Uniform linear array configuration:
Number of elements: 64
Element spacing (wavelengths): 0.5
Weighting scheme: binomial
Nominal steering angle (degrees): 30
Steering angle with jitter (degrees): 29.769
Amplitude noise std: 0.05
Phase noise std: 0.05

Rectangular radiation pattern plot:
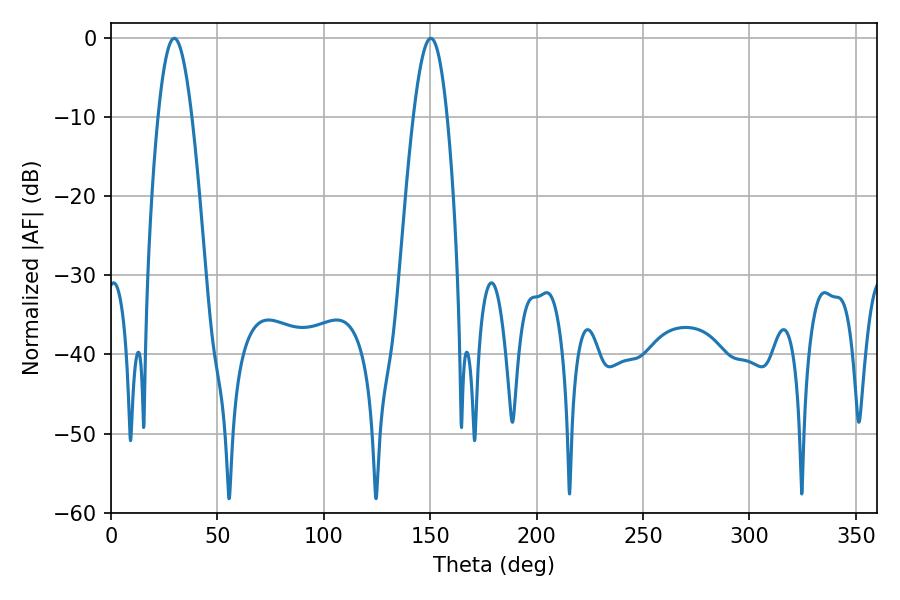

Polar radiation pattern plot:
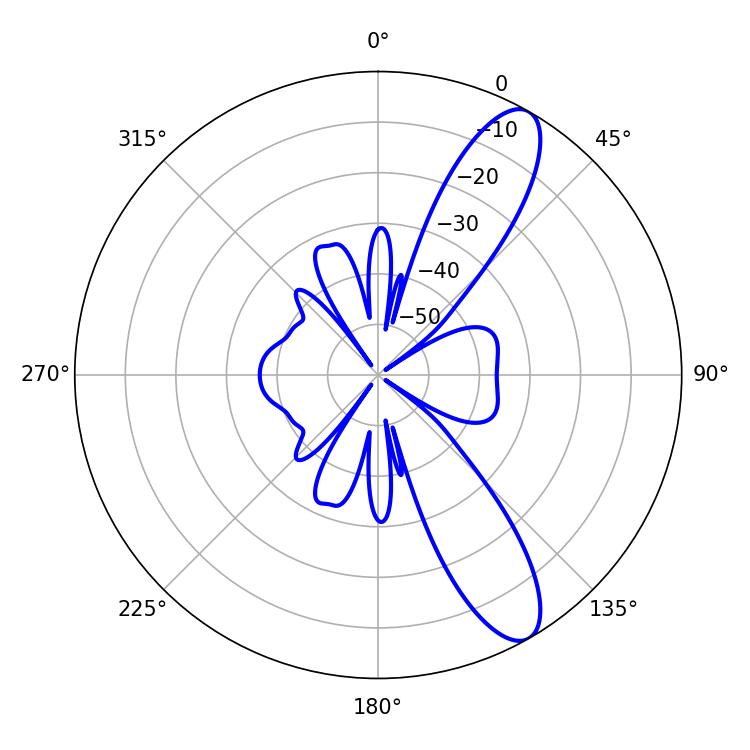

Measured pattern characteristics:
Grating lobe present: FALSE
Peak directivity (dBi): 10.914
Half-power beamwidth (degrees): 8.46
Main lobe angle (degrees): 29.7